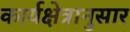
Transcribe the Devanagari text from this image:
कार्यक्षेत्रानुसार